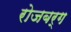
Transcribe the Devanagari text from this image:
रोजबर्ग